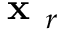
\textbf { x } _ { r }